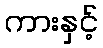
ကားနှင့်